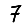
Digit: 7